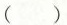
()